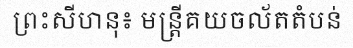
ព្រះសីហនុ៖ មន្ត្រីគយចល័តតំបន់